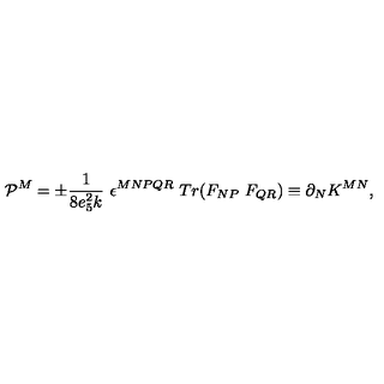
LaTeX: { \cal P } ^ { M } = \pm \frac { 1 } { 8 e _ { 5 } ^ { 2 } k } \ \epsilon ^ { M N P Q R } \ T r ( F _ { N P } \ F _ { Q R } ) \equiv \partial _ { N } K ^ { M N } ,